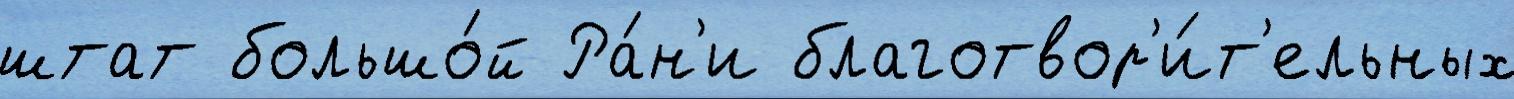
штат большо́й Ра́н'и благотвор'и́т'ельных